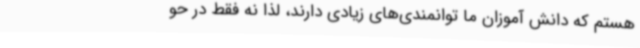
هستم که دانش آموزان ما توانمندی‌های زیادی دارند، لذا نه فقط در حو